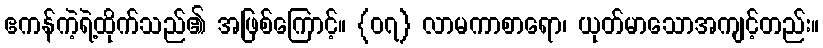
ဧကန်ကဲ့ရဲ့ထိုက်သည်၏ အဖြစ်ကြောင့်။ {၀၇} လာမကာစာရော၊ ယုတ်မာသောအကျင့်တည်း။